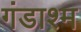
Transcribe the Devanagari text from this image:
गंडाश्म